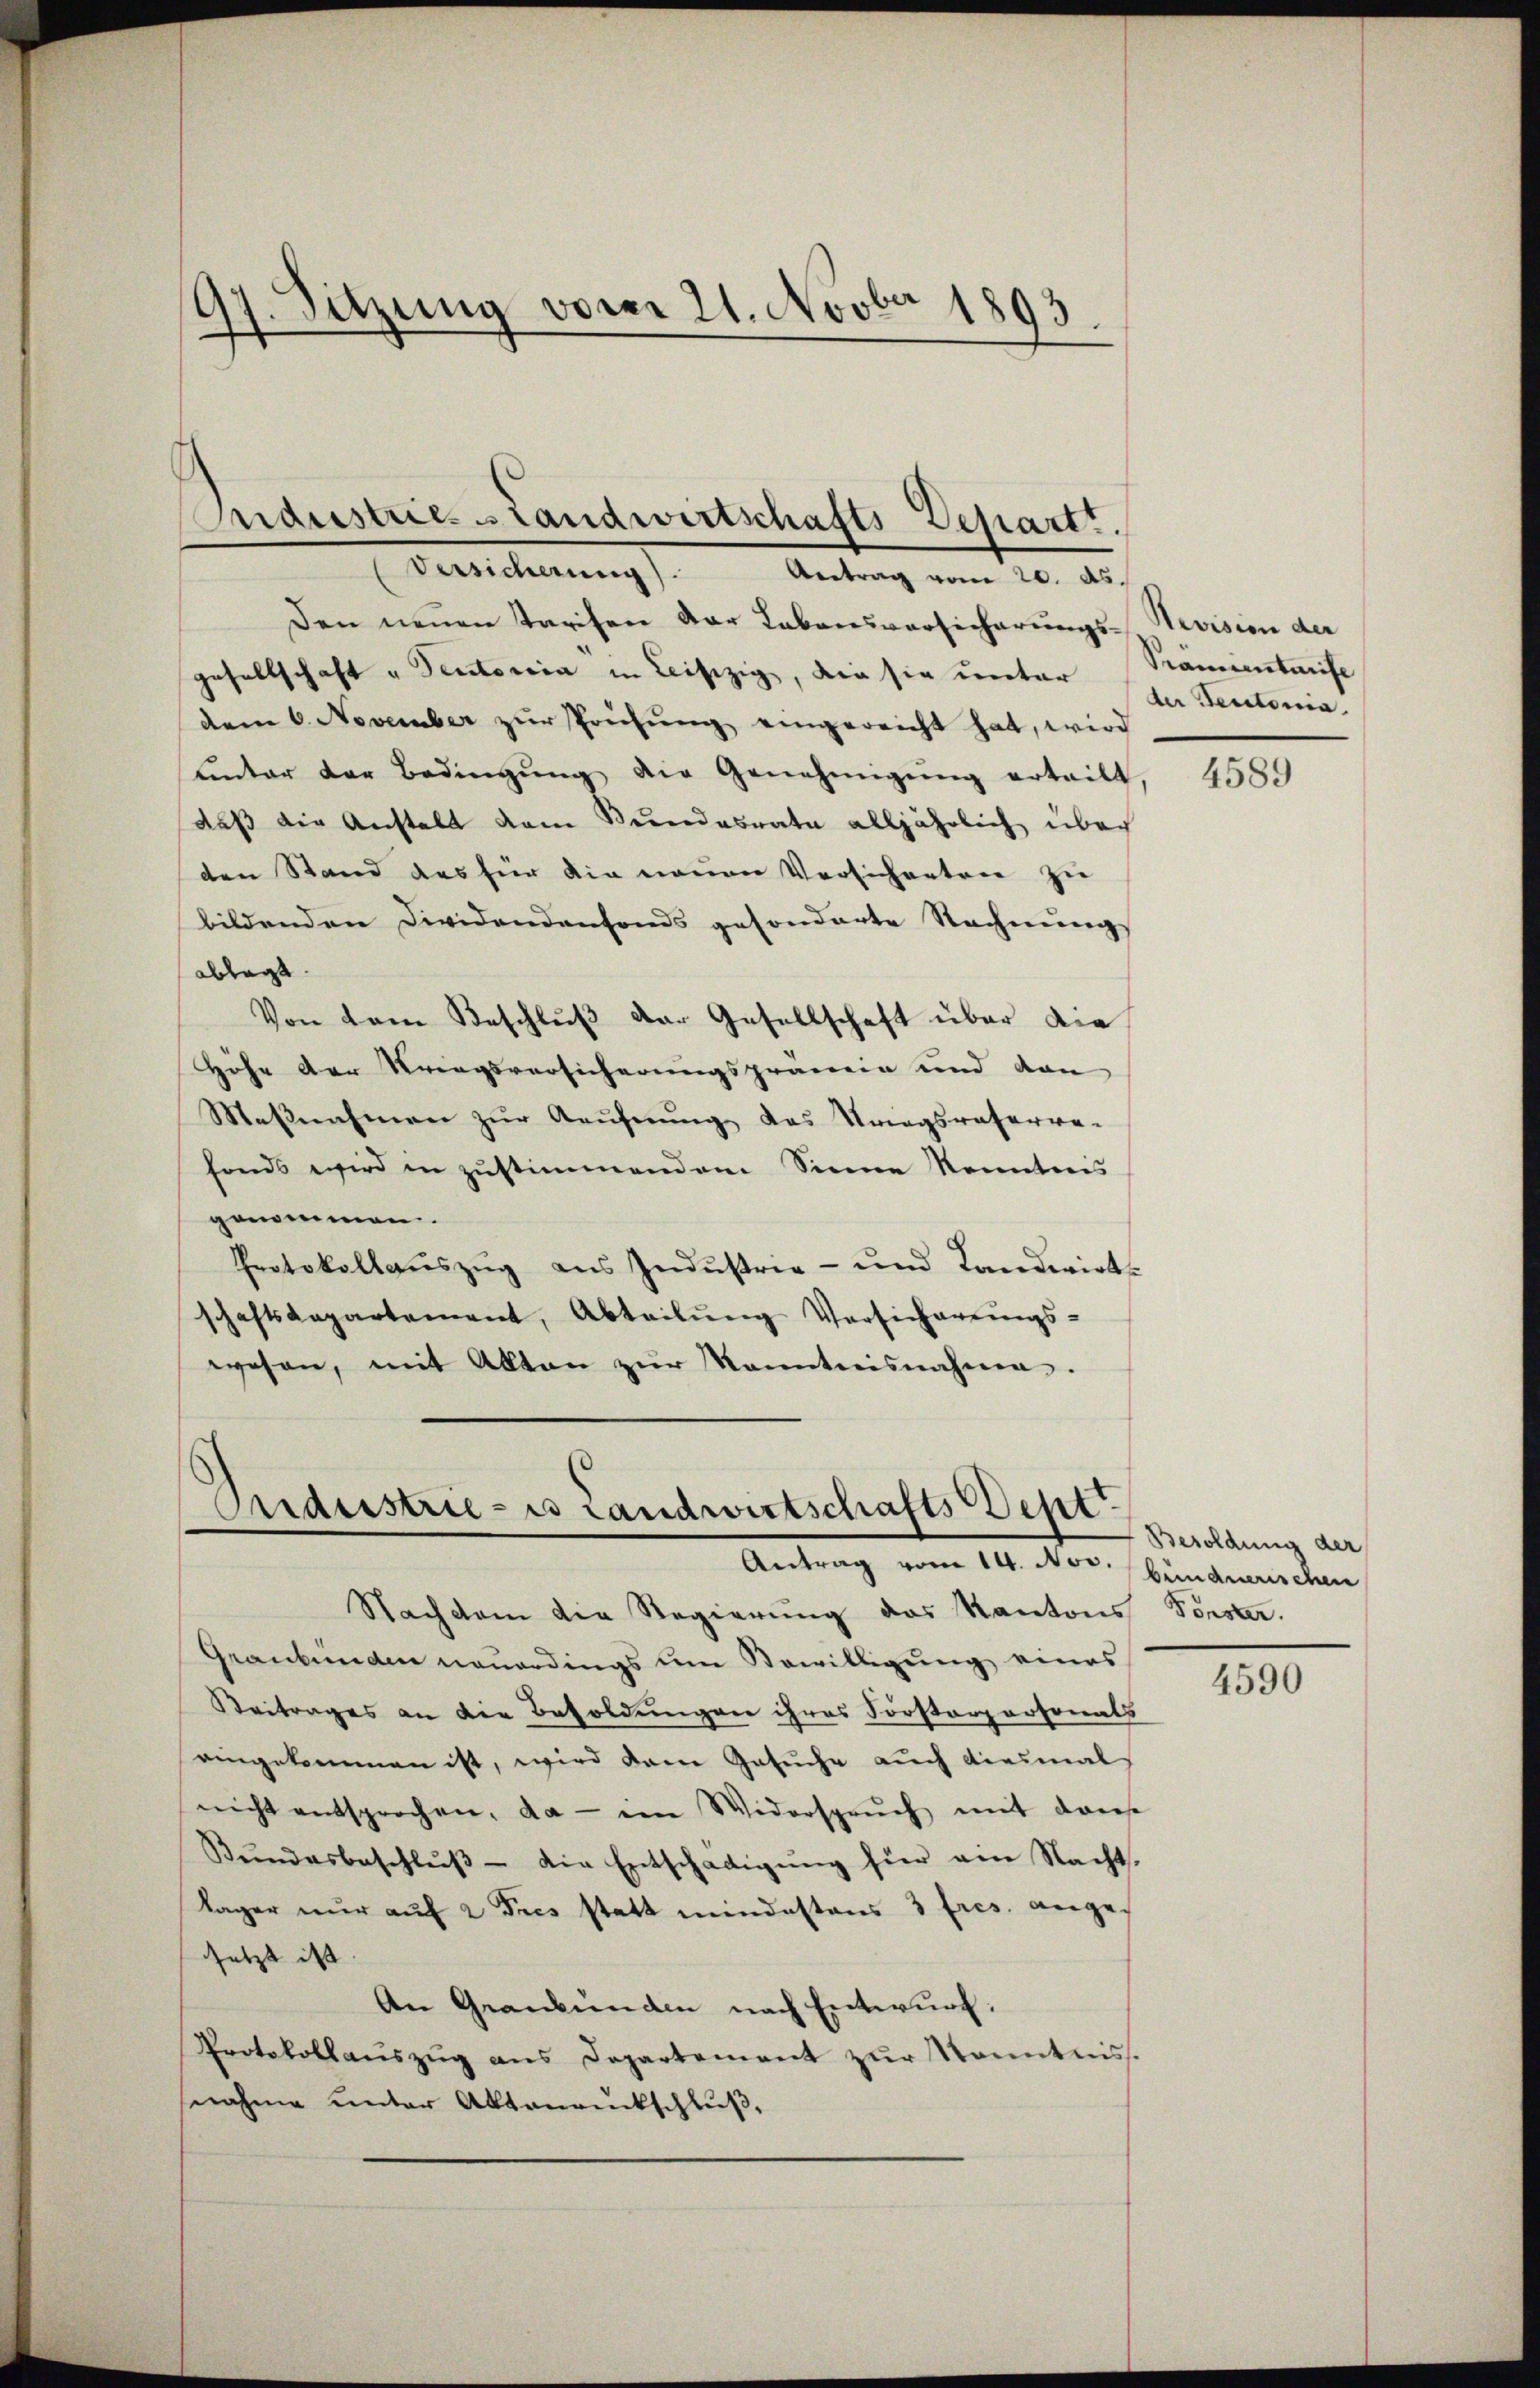
97. Sitzung vom 21. Novbr 1893.

Den neuen Tarifen der Lebensversicherungs-Revision der
gesellschaft „Pectorica in Leiszig, die sie unter zu Teutonia
dem 6. November zŭr Prüfŭng eingereicht hat, wird
uinter der Bedingŭng die Genehmigŭng erteilt
daß die Anstalt dem Stundesrate alljährlich über
den Stand des für die neuen Versicherten zu
bildenden Dividendenfonds gesonderte Rechnungs
ablegt
Von dem Beschluß der Gesellschaft über die
Höhe der Kriegsversicherungsprämie und von
Maβnahmen zŭr Aeufnung das Kriegsraterre-
fonds wird in zustimmendem Sinne kenntnis
genommen.
Protokollaŭszŭg ans Indŭstrie- und Landwirt-
schaftsdepartement, Abteilŭng Versicherŭngs-
wesen, mit Akten zŭr Kenntnisnahme.

Industrie. - Landwirtschafts Depart.
Oertlicherung
Antrag vom 20. ds.

Puderstrie - es Landwirtschafts Dept
Antrag vom 14. Nov. bündnerischen

Nachdem die Regierŭng des Kantons Forster.
Graubünden neuerdings um Bewilligung eines
Beitrages an die Besoldungen ihres Forsterpersonals
eingekommen ist, wird dem Gesŭche auch diesmal
nicht entsprochen, da - im Widerspruch mit dans
Bŭndesbeschlŭβ die Entschädigŭng für ein Nacht.
Lager nŭr aŭf 2 Dres statt mindestens 3 fres. ange-
setzt ist |
An Graubünden nach Entwurf.
Protokollaŭszŭg ans Departement zŭr Kenntniss.
snahme unter Aktenrückschluß,

Pramentarife

4589

Besoldung der

4590